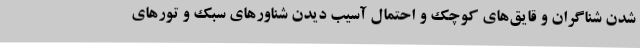
شدن شناگران و قایق‌های کوچک و احتمال آسیب دیدن شناورهای سبک و تورهای